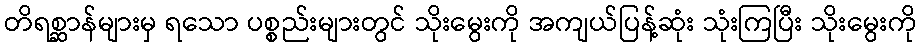
တိရစ္ဆာန်များမှ ရသော ပစ္စည်းများတွင် သိုးမွေးကို အကျယ်ပြန့်ဆုံး သုံးကြပြီး သိုးမွေးကို